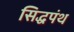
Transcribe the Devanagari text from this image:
सिद्धपंथ